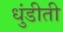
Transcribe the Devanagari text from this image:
धुंडीती